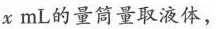
x mL的量筒量取液体，